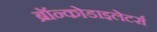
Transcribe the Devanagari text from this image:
ब्रॉन्कोडाइलेटर्स